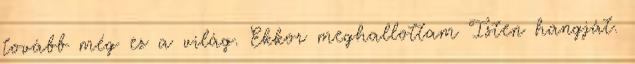
tovább még ez a világ. Ekkor meghallottam Isten hangját.